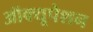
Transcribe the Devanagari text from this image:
ऑक्यूपेशन